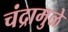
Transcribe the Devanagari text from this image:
चंद्रामुळे